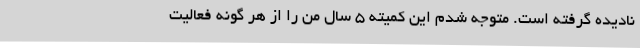
نادیده گرفته است. متوجه شدم این کمیته 5 سال من را از هر گونه فعالیت